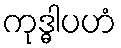
ကုဒ္ဓါပဟံ